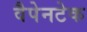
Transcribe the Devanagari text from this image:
वैपेनटेक